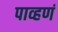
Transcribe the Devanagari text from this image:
पाव्हणं